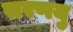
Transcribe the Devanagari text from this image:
सरणयु